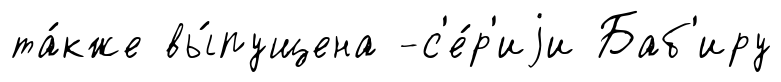
та́кже вы́пущена -с'е́р'иjи Баб'иру